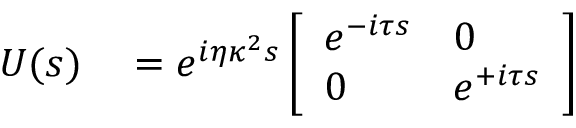
\begin{array} { r l } { U ( s ) } & { { } = e ^ { i \eta \kappa ^ { 2 } s } \left[ \begin{array} { l l } { e ^ { - i \tau s } } & { 0 } \\ { 0 } & { e ^ { + i \tau s } } \end{array} \right] } \end{array}